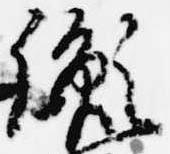
胤